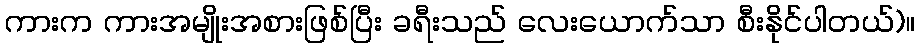
ကားက ကားအမျိုးအစားဖြစ်ပြီး ခရီးသည် လေးယောက်သာ စီးနိုင်ပါတယ်)။